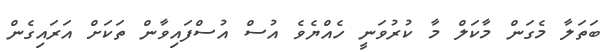
ބަތަލާ މެގަން މާކަލް މާ ކުރުވަނީ ހެއްޔެވެ އުސް އުސްފައިވާން ތަކަށް އަރައިގެން